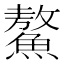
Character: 鰲